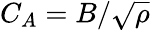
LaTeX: C_{A}=B/\sqrt{\rho}